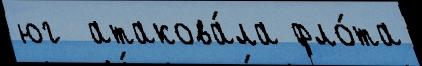
юг  атакова́ла фло́та